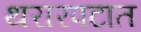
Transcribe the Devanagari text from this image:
थरारपटात